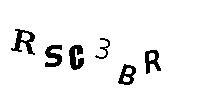
RSC3BR